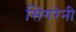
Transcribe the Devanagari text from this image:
सिगरेनी